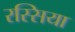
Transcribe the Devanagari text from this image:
रस्सिया